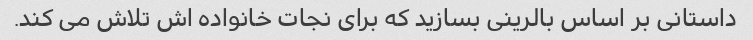
داستانی بر اساس بالرینی بسازید که برای نجات خانواده اش تلاش می کند.